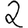
Digit: 2